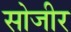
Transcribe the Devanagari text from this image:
सोजीर